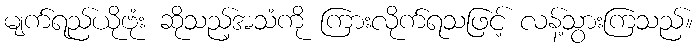
မျက်ရည်ယိုဗုံး ဆိုသည့်အသံကို ကြားလိုက်ရသဖြင့် လန့်သွားကြသည်။